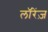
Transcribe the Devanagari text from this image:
लॉरेंज़